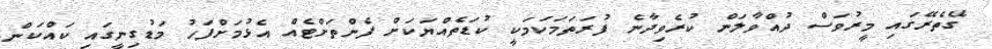
ގޭތެރޭގައި މީރުވަސް ދުއްވާލަން ކުރެވިދާނެ ފުރަތަމަކަމަކީ ކުޑަތެއްޔަކަށް ފެންތަށްޓެއް އެޅުމަށްފަހު މަޑުގިނީގައި ކައްކަން